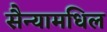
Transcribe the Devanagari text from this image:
सैन्यामधिल